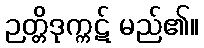
ဉတ္တိဒုက္ကဋ် မည်၏။